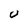
Character: U